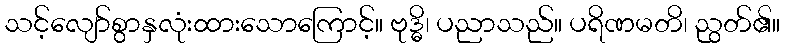
သင့်လျော်စွာနှလုံးထားသောကြောင့်။ ဗုဒ္ဓိ၊ ပညာသည်။ ပရိဏမတိ၊ ညွတ်၏။